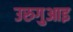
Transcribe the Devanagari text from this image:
उरुगुआइ